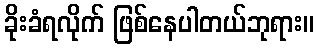
ခိုးခံရလိုက် ဖြစ်နေပါတယ်ဘုရား။